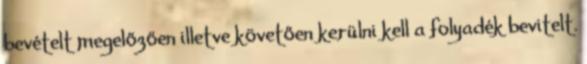
bevételt megelőzően illetve követően kerülni kell a folyadék bevitelt.